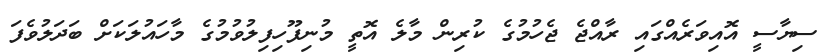
ސިޔާސީ އޮއިވަރެއްގައި ރާއްޖެ ޖެހުމުގެ ކުރިން މާލެ އޮތީ މުނިފޫހިފިލުވުމުގެ މާހައުލަކަށް ބަދަލުވެފަ